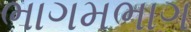
ભાગમભાગ